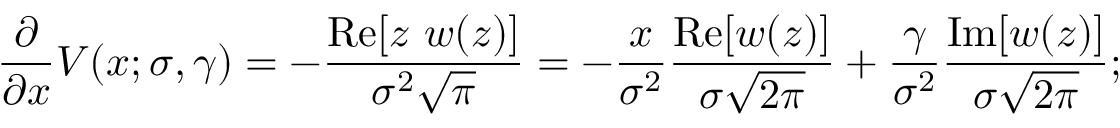
{ \frac { \partial } { \partial x } } V ( x ; \sigma , \gamma ) = - { \frac { \operatorname { R e } [ z ~ w ( z ) ] } { \sigma ^ { 2 } { \sqrt { \pi } } } } = - { \frac { x } { \sigma ^ { 2 } } } { \frac { \operatorname { R e } [ w ( z ) ] } { \sigma { \sqrt { 2 \pi } } } } + { \frac { \gamma } { \sigma ^ { 2 } } } { \frac { \operatorname { I m } [ w ( z ) ] } { \sigma { \sqrt { 2 \pi } } } } ;